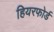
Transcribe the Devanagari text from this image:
हियरफोर्ड